Lunatic asylums Punjab 1881-1894 - 1881-1894
Year: 1881
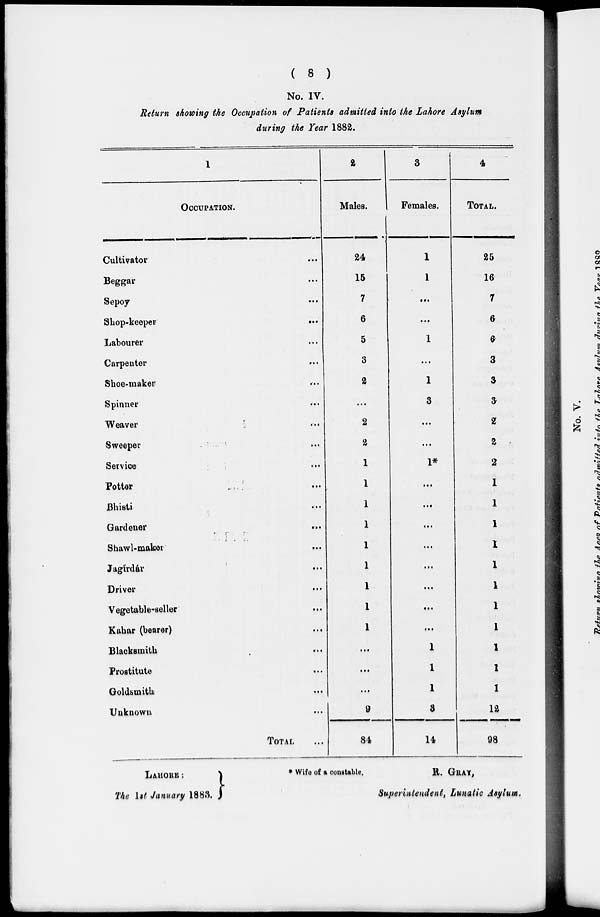
( 8 )
No. IV.
Return showing the Occupation of Patients admitted into the Lahore Asylum
during the Year 1882.
1
OCCUPATION.
Cultivator ...
Beggar ...
Sepoy ...
Shop-keeper
...
Labourer ...
Carpenter ...
Shoe-maker ...
Spinner ...
Weaver ...
Sweeper ...
Service ...
Potter ...
Bhisti ...
Gardener ...
Shawl-maker
...
Jagírdár ...
Driver ...
Vegetable-seller ...
Kahar (bearer) ...
Blacksmith ...
Prostitute ...
Goldsmith ...
Unknown ...
TOTAL ...
2
Males.
24
15
7
6
5
3
2
...
2
2
1
1
1
1
1
1
1
1
1
...
...
...
9
84
3
Females.
1
1
...
...
1
...
1
3
...
...
1*
...
...
...
...
...
...
...
...
1
1
1
3
14
4
TOTAL.
25
16
7
6
6
3
3
3
2
2
2
1
1
1
1
1
1
1
1
1
1
1
12
98
* Wife of a constable.
Lahore:
The 1st January 1883.
R. GRAY,
Superintendent, Lunatic Asylum.